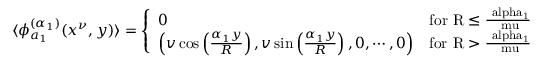
\langle \phi _ { a _ { 1 } } ^ { ( \alpha _ { 1 } ) } ( x ^ { \nu } , y ) \rangle = \left\{ \begin{array} { l r } { { 0 } } & { { \mathrm { f o r ~ R \leq \frac { \ a l p h a _ { 1 } } { \ m u } ~ } } } \\ { { \left( v \cos \left( \frac { \alpha _ { 1 } y } { R } \right) , v \sin \left( \frac { \alpha _ { 1 } y } { R } \right) , 0 , \cdots , 0 \right) } } & { { \mathrm { f o r ~ R > \frac { \ a l p h a _ { 1 } } { \ m u } ~ } } } \end{array} \right. ,